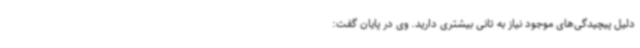
دلیل پیچیدگی‌های موجود نیاز به تانی بیشتری دارید. وی در پایان گفت: